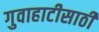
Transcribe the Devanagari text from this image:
गुवाहाटीसाठी